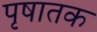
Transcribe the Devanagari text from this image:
पृषातक